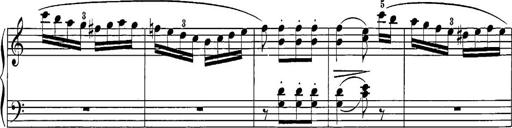
Title: 12 Sonatine per Pianoforte
Composer: Friedrich Kuhlau